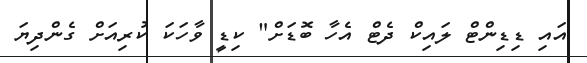
އައި ޑިޑިންޓް ލައިކް ދެޓް އެހާ ބޮޑަށް" ކިޑީ ވާހަކަ ކުރިއަށް ގެންދިޔަ